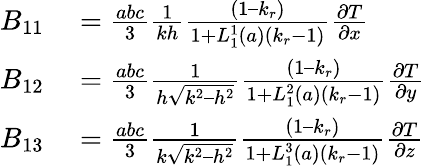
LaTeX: \begin{array}{rl}{B_{11}}&{{}=\frac{abc}{3}\frac{1}{kh}\frac{(1–k_{r})}{1+L_{1}^{1}(a)(k_{r}-1)}\frac{\partial T}{\partial x}}\\ {B_{12}}&{{}=\frac{abc}{3}\frac{1}{h\sqrt{k^{2}–h^{2}}}\frac{(1–k_{r})}{1+L_{1}^{2}(a)(k_{r}-1)}\frac{\partial T}{\partial y}}\\ {B_{13}}&{{}=\frac{abc}{3}\frac{1}{k\sqrt{k^{2}–h^{2}}}\frac{(1–k_{r})}{1+L_{1}^{3}(a)(k_{r}-1)}\frac{\partial T}{\partial z}}\end{array}